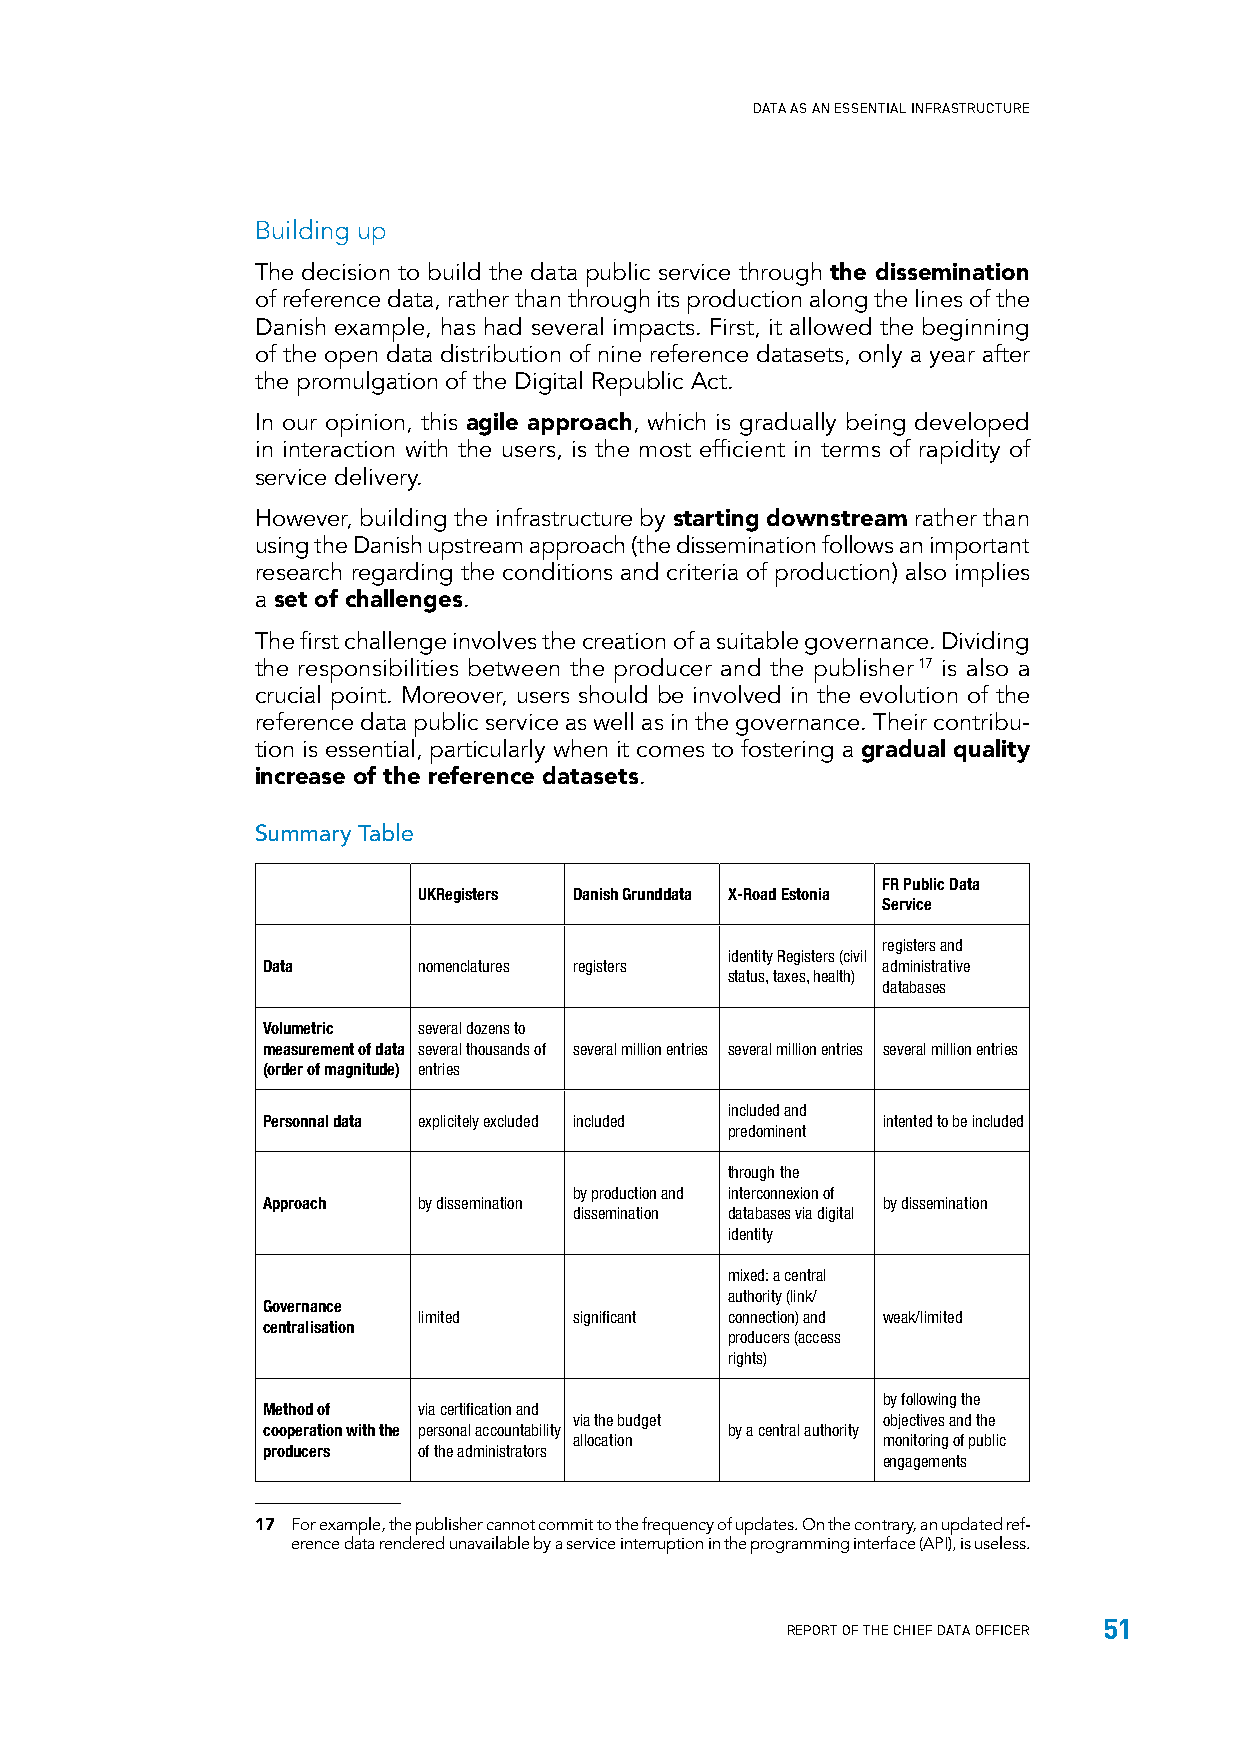
DATA AS AN ESSENTIAL INFRASTRUCTURE
 Building up
 The decision to build the data public service through the dissemination
 of reference data, rather than through its production along the lines of the
 Danish example, has had several impacts. First, it allowed the beginning
 of the open data distribution of nine reference datasets, only a year after
 the promulgation of the Digital Republic Act.
 In our opinion, this agile approach, which is gradually being developed
 in interaction with the users, is the most efficient in terms of rapidity of
 service delivery.
 However, building the infrastructure by starting downstream rather than
 using the Danish upstream approach (the dissemination follows an important
 research regarding the conditions and criteria of production) also implies
 a set of challenges.
 The first challenge involves the creation of a suitable governance. Dividing
 the responsibilities between the producer and the publisher 17 is also a
 crucial point. Moreover, users should be involved in the evolution of the
 reference data public service as well as in the governance. Their contribu-
 tion is essential, particularly when it comes to fostering a gradual quality
 increase of the reference datasets.
 Summary Table
 FR Public Data
 UKRegisters Danish Grunddata X-Road Estonia
 Service
 registers and
 identity Registers (civil
 Data       nomenclatures registers       administrative
 status, taxes, health)
 databases
 Volumetric several dozens to
 measurement of data several thousands of several million entries several million entries several million entries
 (order of magnitude) entries
 included and
 Personnal data explicitely excluded included intented to be included
 predominent
 through the
 by production and interconnexion of
 Approach   by dissemination              by dissemination
 dissemination databases via digital
 identity
 mixed: a central
 authority (link/
 Governance
 limited   significant connection) and weak/limited
 centralisation
 producers (access
 rights)
 by following the
 Method of  via certification and
 via the budget      objectives and the
 cooperation with the personal accountability by a central authority
 allocation          monitoring of public
 producers  of the administrators
 engagements
 17 For example, the publisher cannot commit to the frequency of updates. On the contrary, an updated ref-
 erence data rendered unavailable by a service interruption in the programming interface (API), is useless.
 51
 REPORT OF THE CHIEF DATA OFFICER